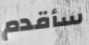
سأقدم